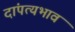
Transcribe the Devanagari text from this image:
दांपत्यभाव